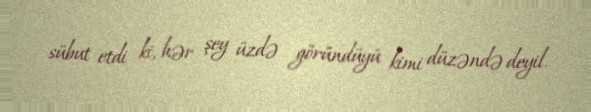
sübut etdi ki, hər şey üzdə göründüyü kimi düzəndə deyil.